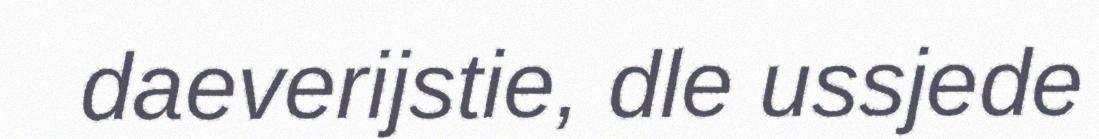
daeverijstie, dle ussjede